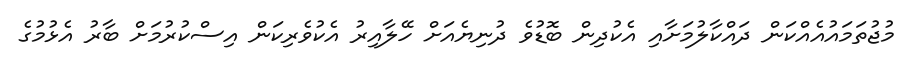
މުޖުތަމައުއެއްކަން ދައްކާލުމަށާއި އެކުދިން ބޮޑުވެ ދުނިޔެއަށް ހޭލާއިރު އެކުވެރިކަން އިސްކުރުމަށް ބާރު އެޅުމުގެ